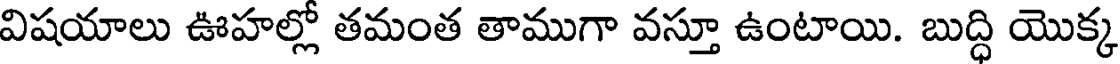
విషయాలు ఊహల్లో తమంత తాముగా వస్తూ ఉంటాయి. బుద్ధి యొక్క